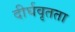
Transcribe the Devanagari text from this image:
दीर्घवृतता